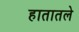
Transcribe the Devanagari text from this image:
हातातले